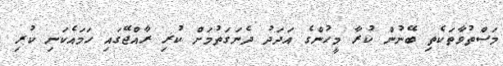
މަސްތުވާތަކެތި ބޭނުން ކުރާ މީހުންގެ އަދަދު ދެނަގަތުމަށް ކުރި ރާއްޖޭގައި ހަމައެކަނި ކުރި